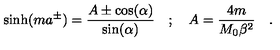
\sinh ( m a ^ { \pm } ) = \frac { A \pm \cos ( \alpha ) } { \sin ( \alpha ) } \quad ; \quad A = \frac { 4 m } { M _ { 0 } \beta ^ { 2 } } \quad .